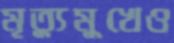
মৃত্যুমুখেও